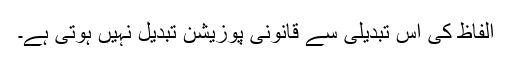
الفاظ کی اس تبدیلی سے قانونی پوزیشن تبدیل نہیں ہوتی ہے۔